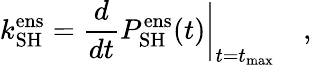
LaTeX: k_{\mathrm{SH}}^{\mathrm{ens}}=\frac{d}{dt}P_{\mathrm{SH}}^{\mathrm{ens}}(t)\bigg\vert_{t=t_{\mathrm{max}}}\quad,